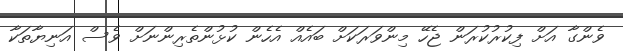
ވެންގާ އަށް ފިކުރުކުރަން ޖެހޭ މިންވަރަކަށް ބައެއް އެހެން ކުޅުންތެރިންނަށް ވެސް އަނިޔާތަކާ